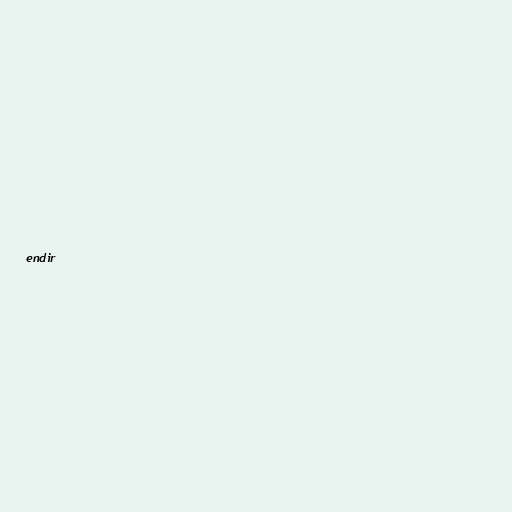
endir